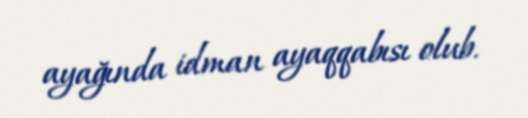
ayağında idman ayaqqabısı olub.